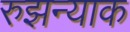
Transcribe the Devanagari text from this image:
रुझन्याक